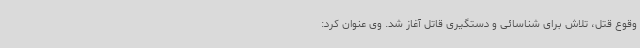
وقوع قتل، تلاش برای شناسائی و دستگیری قاتل آغاز شد. وی عنوان کرد: